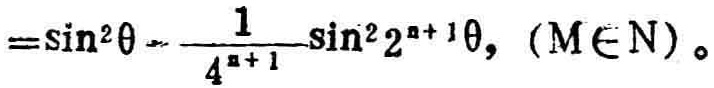
$=\sin ^{2}\theta -\frac{1}{4^{n + 1}}\sin ^{2}2^{n + 1}\theta ,(n\in N)$